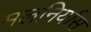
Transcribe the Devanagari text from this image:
मलनिर्यास